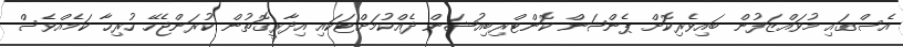
އެސްގައި މުވައްޒަފުން ބައިވެރިކޮށް ޕެންޝަން ކޮންޓްރިބިއުޝަން ދެއްކުމަށްޓަކައި އިދާރީގޮތުން ކުރަންޖެހޭ ހުރިހާ ކަމެއްވެސް